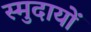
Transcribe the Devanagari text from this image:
स्मुदायों